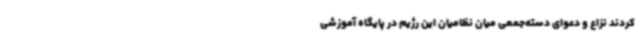
کردند نزاع و دعوای دسته‌جمعی میان نظامیان این رژیم در پایگاه آموزشی